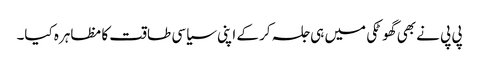
پی پی نے بھی گھوٹکی میں ہی جلسہ کر کے اپنی سیاسی طاقت کا مظاہرہ کیا۔